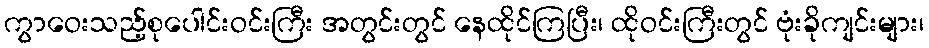
ကွာဝေးသည့်စုပေါင်းဝင်းကြီး အတွင်းတွင် နေထိုင်ကြပြီး၊ ထိုဝင်းကြီးတွင် ဗုံးခိုကျင်းများ၊